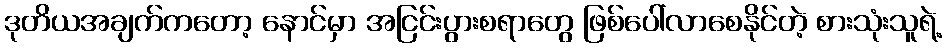
ဒုတိယအချက်ကတော့ နောင်မှာ အငြင်းပွားစရာတွေ ဖြစ်ပေါ်လာစေနိုင်တဲ့ စားသုံးသူရဲ့